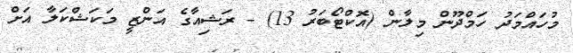
މުހައްމަދު ހަމްދޫން މިލާން (އޮކްޓޯބަރު 13) - ރަޝިއާގެ އަންޒީ މަކަޝްކަލާ އަށް